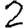
Digit: 2